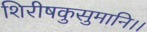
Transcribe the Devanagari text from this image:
शिरीषकुसुमानि।।